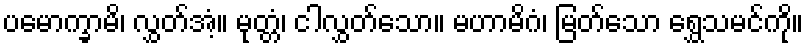
ပမောက္ခာမိ၊ လွှတ်အံ့။ မုတ္တံ၊ ငါလွှတ်သော။ မဟာမိဂံ၊ မြတ်သော ရွှေသမင်ကို။